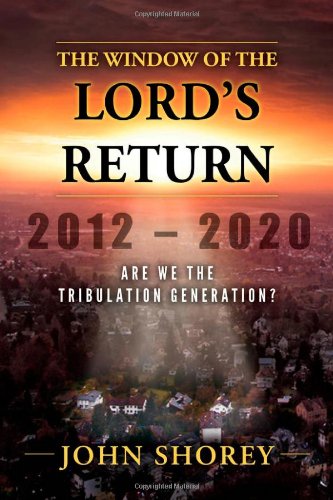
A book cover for The Window of the Lord's Return: Are We the Tribulation Generation?; John Shorey; Religion & Spirituality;